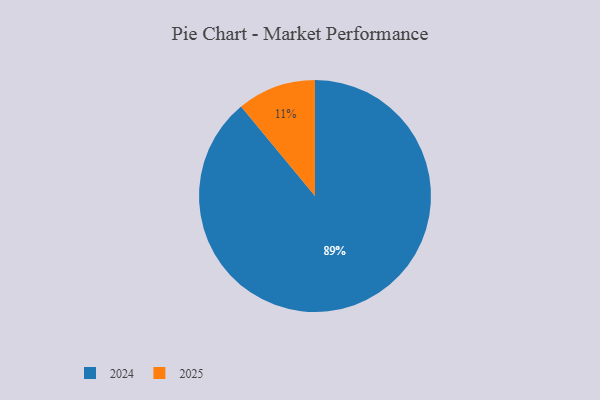
{"axis": {"x": "Category", "y": "Percentage"}, "legend": ["2024", "2025"], "data": [{"x": "2025", "y": 11, "type": "2025"}, {"x": "2024", "y": 89, "type": "2024"}]}